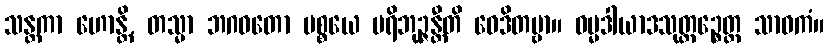
သန္တကာ ဟောန္တိ, တသ္မာ ဘဂဝတော ပစ္စယေ ပရိဘုဉ္ဇန္တီတိ ဝေဒိတဗ္ဗာ။ ဓမ္မဒါယာဒသုတ္တဉ္စေတ္ထ သာဓကံ။